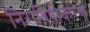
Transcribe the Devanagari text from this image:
निराविषीकरण